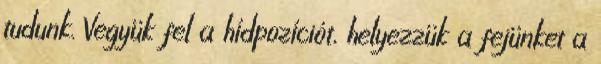
tudunk. Vegyük fel a hídpozíciót, helyezzük a fejünket a